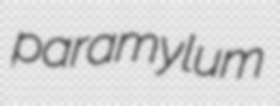
paramylum